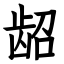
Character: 龆